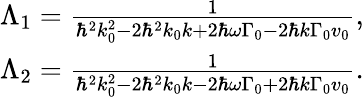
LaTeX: \begin{array}{r}{\Lambda_{1}={\frac{1}{\hbar^{2}k_{0}^{2}-2\hbar^{2}k_{0}k+2\hbar\omega\Gamma_{0}-2\hbar k\Gamma_{0}v_{0}}},}\\ {\Lambda_{2}={\frac{1}{\hbar^{2}k_{0}^{2}-2\hbar^{2}k_{0}k-2\hbar\omega\Gamma_{0}+2\hbar k\Gamma_{0}v_{0}}}.}\end{array}